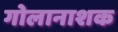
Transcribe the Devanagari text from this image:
गोलानाशक